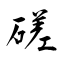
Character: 磋